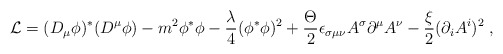
\begin{align*}{\cal L}=(D_\mu \phi )^{*}(D^\mu \phi )-m^2\phi ^{*}\phi -\frac \lambda 4(\phi ^{*}\phi )^2+\frac \Theta 2\epsilon _{\sigma \mu \nu }A^\sigma\partial ^\mu A^\nu -\frac \xi 2(\partial _iA^i)^2\;, \end{align*}